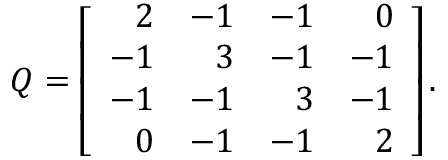
Q = \left[ { \begin{array} { r r r r } { 2 } & { - 1 } & { - 1 } & { 0 } \\ { - 1 } & { 3 } & { - 1 } & { - 1 } \\ { - 1 } & { - 1 } & { 3 } & { - 1 } \\ { 0 } & { - 1 } & { - 1 } & { 2 } \end{array} } \right] .